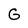
Character: G